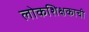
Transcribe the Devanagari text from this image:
लोकशिक्षकाची